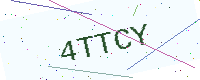
Text: 4TTCY